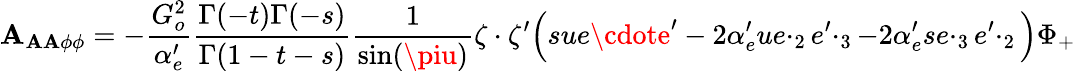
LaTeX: {\cal\mathbf{A}}_{\mathbf{A}\mathbf{A}\phi\phi}=-\frac{{G_{o}^{2}}}{{\alpha_{e}^{\prime}}}\frac{{\Gamma(-t)\Gamma(-s)}}{{\Gamma(1-t-s)}}\frac{{1}}{{\sin(\piu)}}\zeta\cdot\zeta^{\prime}\Big(sue\cdote^{\prime}-2\alpha_{e}^{\prime}ue\cdotp_{2}e^{\prime}\cdotp_{3}-2\alpha_{e}^{\prime}se\cdotp_{3}e^{\prime}\cdotp_{2}\Big)\Phi_{+}